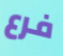
فرع